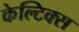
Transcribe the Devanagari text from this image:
केल्टिक्स